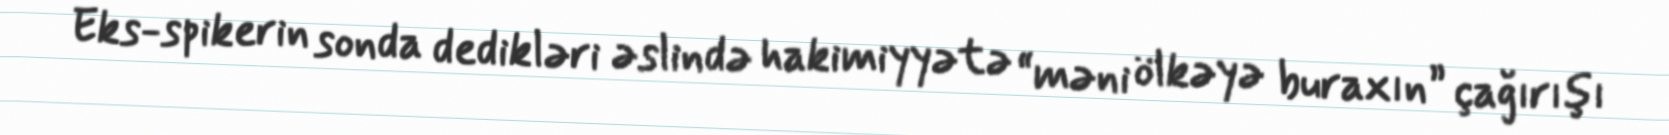
Eks-spikerin sonda dedikləri əslində hakimiyyətə “məni ölkəyə buraxın” çağırışı